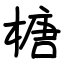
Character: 榶